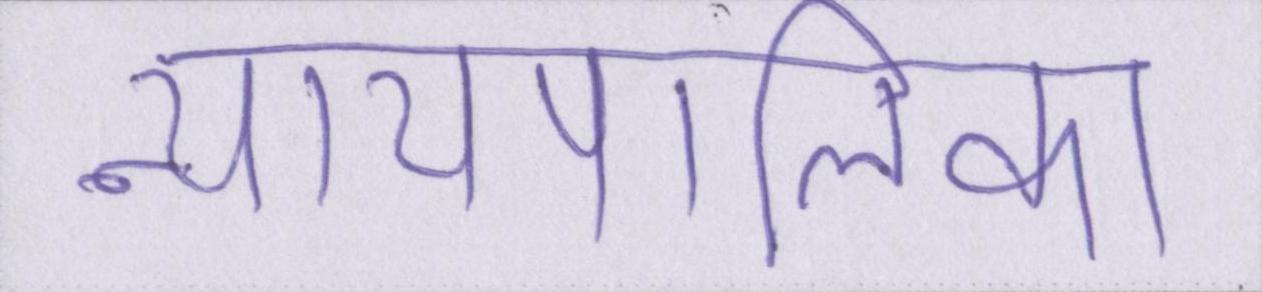
न्यायपालिका